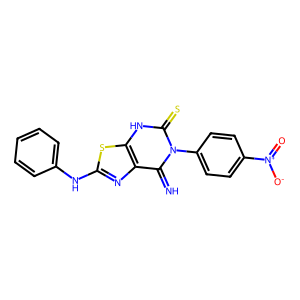
SMILES: N=c1c2nc(Nc3ccccc3)sc2[nH]c(=S)n1-c1ccc([N+](=O)[O-])cc1
Inhibits HIV replication: No